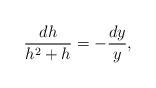
LaTeX: \begin{align*} \frac{dh}{h^2+h} = - \frac{dy}{y},\end{align*}